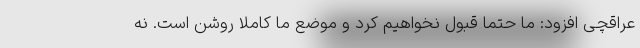
عراقچی افزود: ما حتما قبول نخواهیم کرد و موضع ما کاملا روشن است. نه